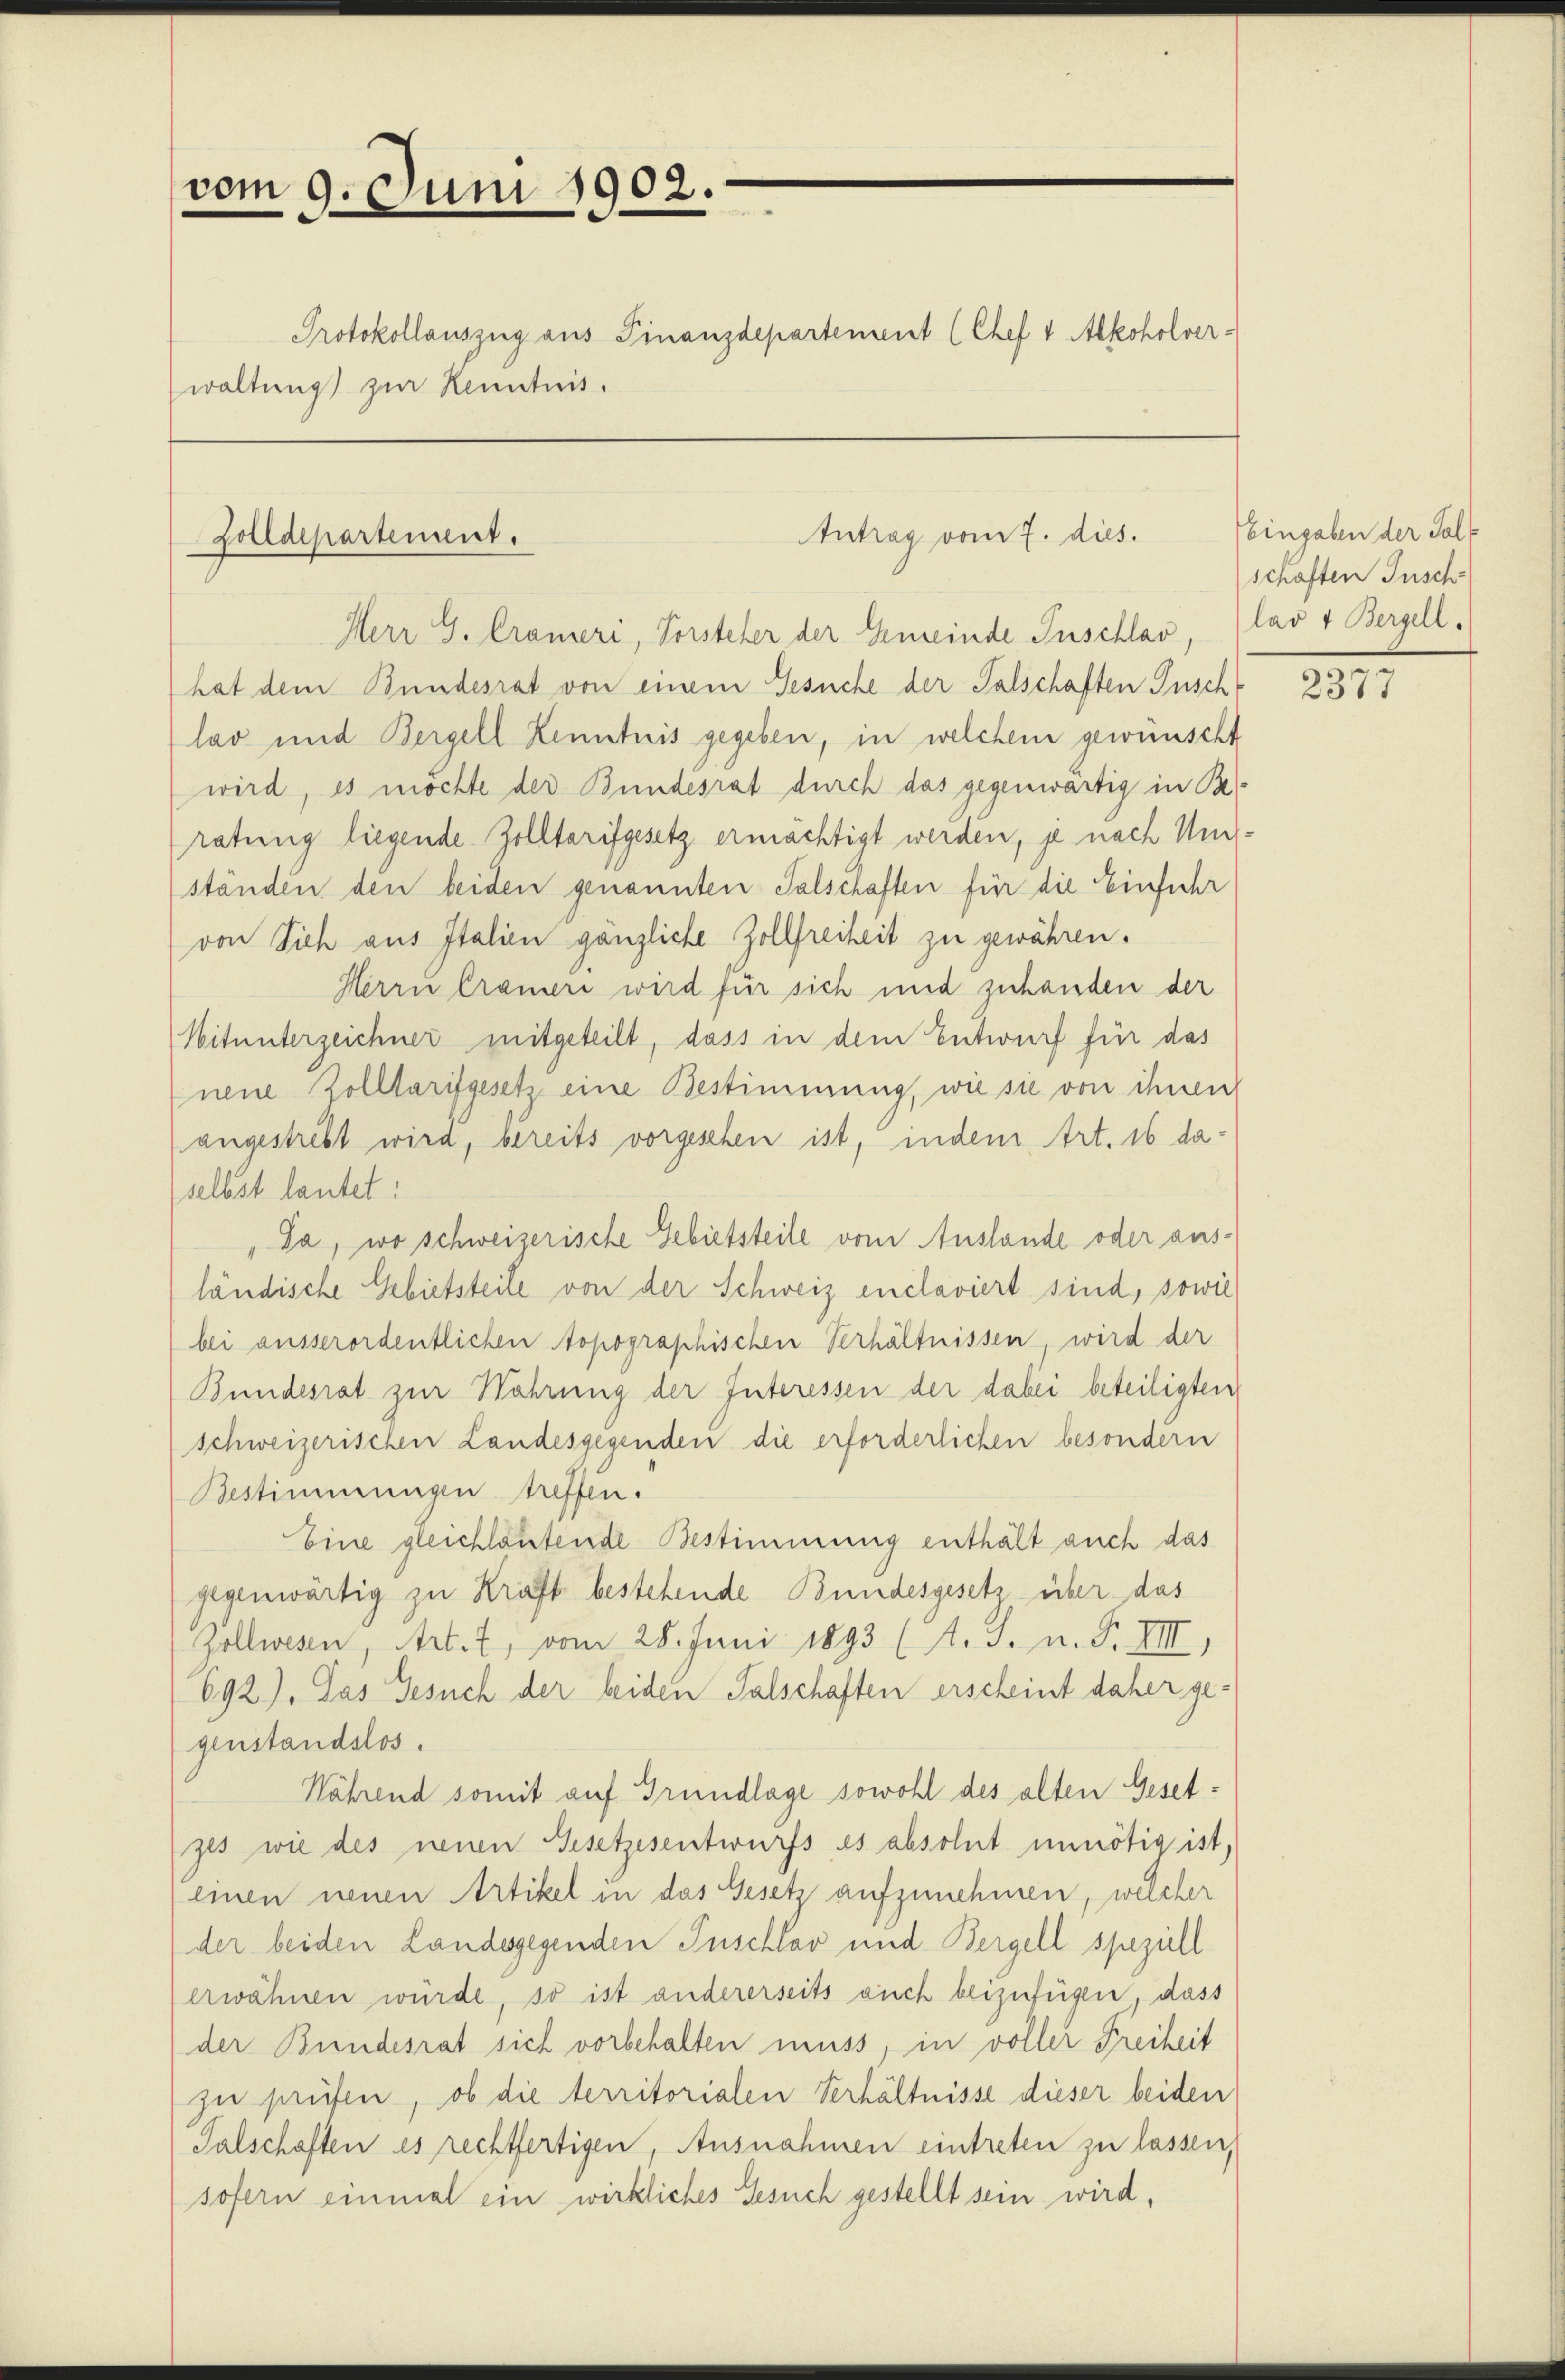
vom 9. Juni 1902.

waltung zur Kenntnis.

Zolldepartement.

Herr G. Crameri, Vorsteher der Gemeinde Inschlav, (lav + Bergell
hat dem Bundesrat von einem Gesuche der Falschaften Pusch
lav und Bergell Kenntnis gegeben, in welchem gewünscht
wird, es möchte der Bundesrat durch das gegenwärtig in Beratung liegende Zolltarifgesetz ermächtigt werden, je nach Umständen den beiden genannten Falschaften für die Einfuhr
von Sich aus Italien gänzliche Zollfreiheit zu gewähren.
Herrn Crameri wird für sich und zuhanden der
Mitunterzeichner mitgeteilt, dass in dem Entwurf für das
nene Zolltarifgesetz eine Bestimmung, wie sie von ihnen
angestrebt wird, bereits vorgesehen ist, indem Art. 16 daselbst lautet:
Da, wo schweizerische Gebietsteile vom Anstande oder aus-
ländische Gebietsteile von der Schweiz enclaviert sind, sowie
bei ausserordentlichen topographischen Verhältnissen, wird der
Bundesrat zur Wahrung der Interessen der dabei beteiligten
schweizerischen Landesgegenden die erforderlichen besondern
Bestimmungen treffen.
Eine gleichlautende Bestimmung enthält auch das
gegenwärtig zu Kraft bestehende Bundesgesetz über das
Zollwesen, Art. 7, vom 28. Juni 1893 (A. J. n. F. VIII
692). Das Gesuch der beiden Falschaften erscheint daher ge-
genstandslos.
Während somit auf Grundlage sowohl des alten Gesetzes wie des neuen Gesetzesentwurfs es absolut unnötig ist,
einen neuen Artikel in das Gesetz aufzunehmen, welcher
der beiden Landesgegenden Puschlav und Bergell speziell
erwähnen würde, so ist andererseits auch beizufügen, dass
der Bundesrat sich vorbehalten muss, in voller Freiheit
zu prüfen, ob die territorialen Verhältnisse dieser beiden
Salschaften es rechtfertigen, Ausnahmen eintreten zu lassen,
sofern einmal ein wirkliches Gesuch gestellt sein wird,

Protokollauszug aus Finanzdepartement (Chef 4 Alkoholver-

Antrag vom 7. dies.

Eingaben der Salschaften Jusch

2377